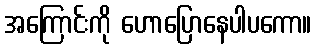
အကြောင်းကို ဟောပြောနေပါပကော။